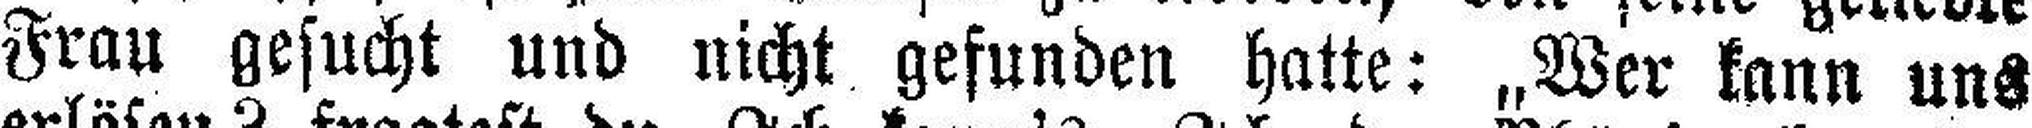
Frau gesucht und nicht gefunden hatte: „Wer kann uns